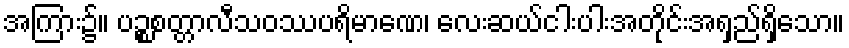
အကြား၌။ ပဉ္စစတ္တာလီသဝဿပရိမာဏေ၊ လေးဆယ်ငါးပါးအတိုင်းအရှည်ရှိသော။